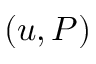
( u , P )